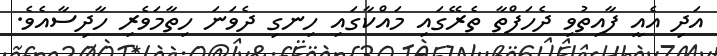
އަދި އެއީ ފާއިތުވި ދެހަފްތާ ތެރޭގައި މައްކާގައި ހިނގި ދެވަނަ ހިތާމަވެރި ހާދިސާއެވެ.